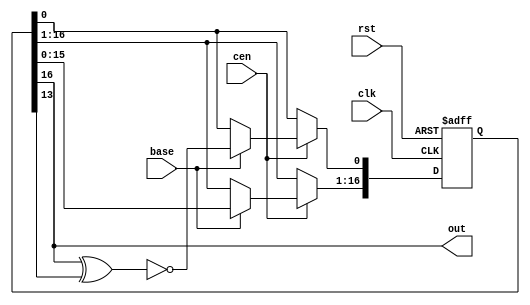
module jt51_noise_lfsr #(parameter init=14220 )(
    input   rst,
    input   clk,
    input   cen,
    input   base,
    output  out
);

reg [16:0] bb;
assign out = bb[16];

always @(posedge clk, posedge rst) begin : base_counter
    if( rst ) begin
        bb          <= init[16:0];
    end
    else if(cen) begin
        if(  base ) begin   
            bb[16:1]    <= bb[15:0];
            bb[0]       <= ~(bb[16]^bb[13]);
        end
    end
end

endmodule